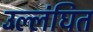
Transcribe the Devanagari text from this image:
उल्लंघित